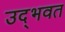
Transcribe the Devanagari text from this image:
उद्‌भवत